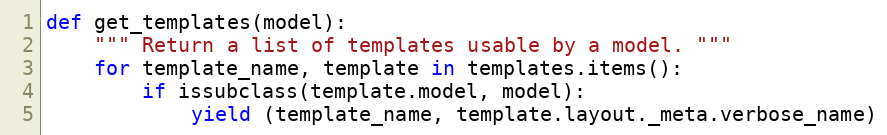
Language: Python
def get_templates(model):
    """ Return a list of templates usable by a model. """
    for template_name, template in templates.items():
        if issubclass(template.model, model):
            yield (template_name, template.layout._meta.verbose_name)